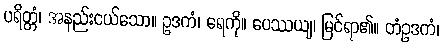
ပရိတ္တံ၊ အနည်းငယ်သော။ ဥဒကံ၊ ရေကို။ ပေဿယျ၊ မြင်ရာ၏။ တံဥဒကံ၊